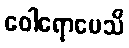
ဝေါရောပေသိ